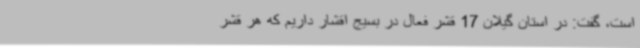
است، گفت: در استان گیلان 17 قشر فعال در بسیج اقشار داریم که هر قشر